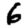
Digit: 6